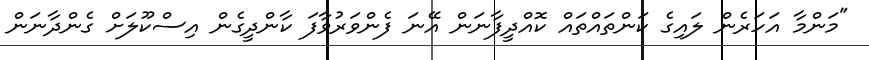
"މަންމާ އަހަރެން ލައިގެ ކަންތައްތައް ކޮއްދީފާނަން އޭނަ ފެންވަރުވާފަ ކާންދީގެން އިސްކޫލަށް ގެންދާނަން